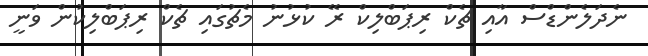
ނެދަލެންޑްސް އާއި ޗެކް ރިޕަބްލިކް ރޭ ކުޅުނު މެޗުގައި ޗެކް ރިޕަބްލިކުން ވަނީ